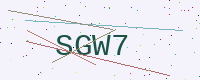
Text: SGW7